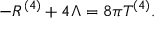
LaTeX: - R ^ { ( 4 ) } + 4 \Lambda = 8 \pi T ^ { ( 4 ) } .